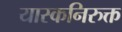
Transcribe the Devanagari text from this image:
यास्कनिरुक्त